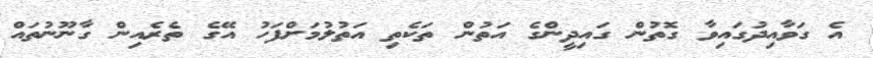
އެ ގަވާއިދުގައިވާ ގޮތުން ގައިދީންގެ އަތުން ތަކެތި އަތުލުމަށްފަހު އޭގެ ތެރެއިން ގާނޫނުތައް